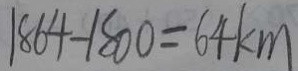
1 8 6 4 - 1 8 0 0 = 6 4 k m